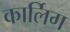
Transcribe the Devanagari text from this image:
कार्लिग